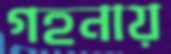
গহনায়